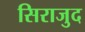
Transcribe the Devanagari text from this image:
सिराजुद